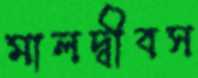
মালদ্বীবস